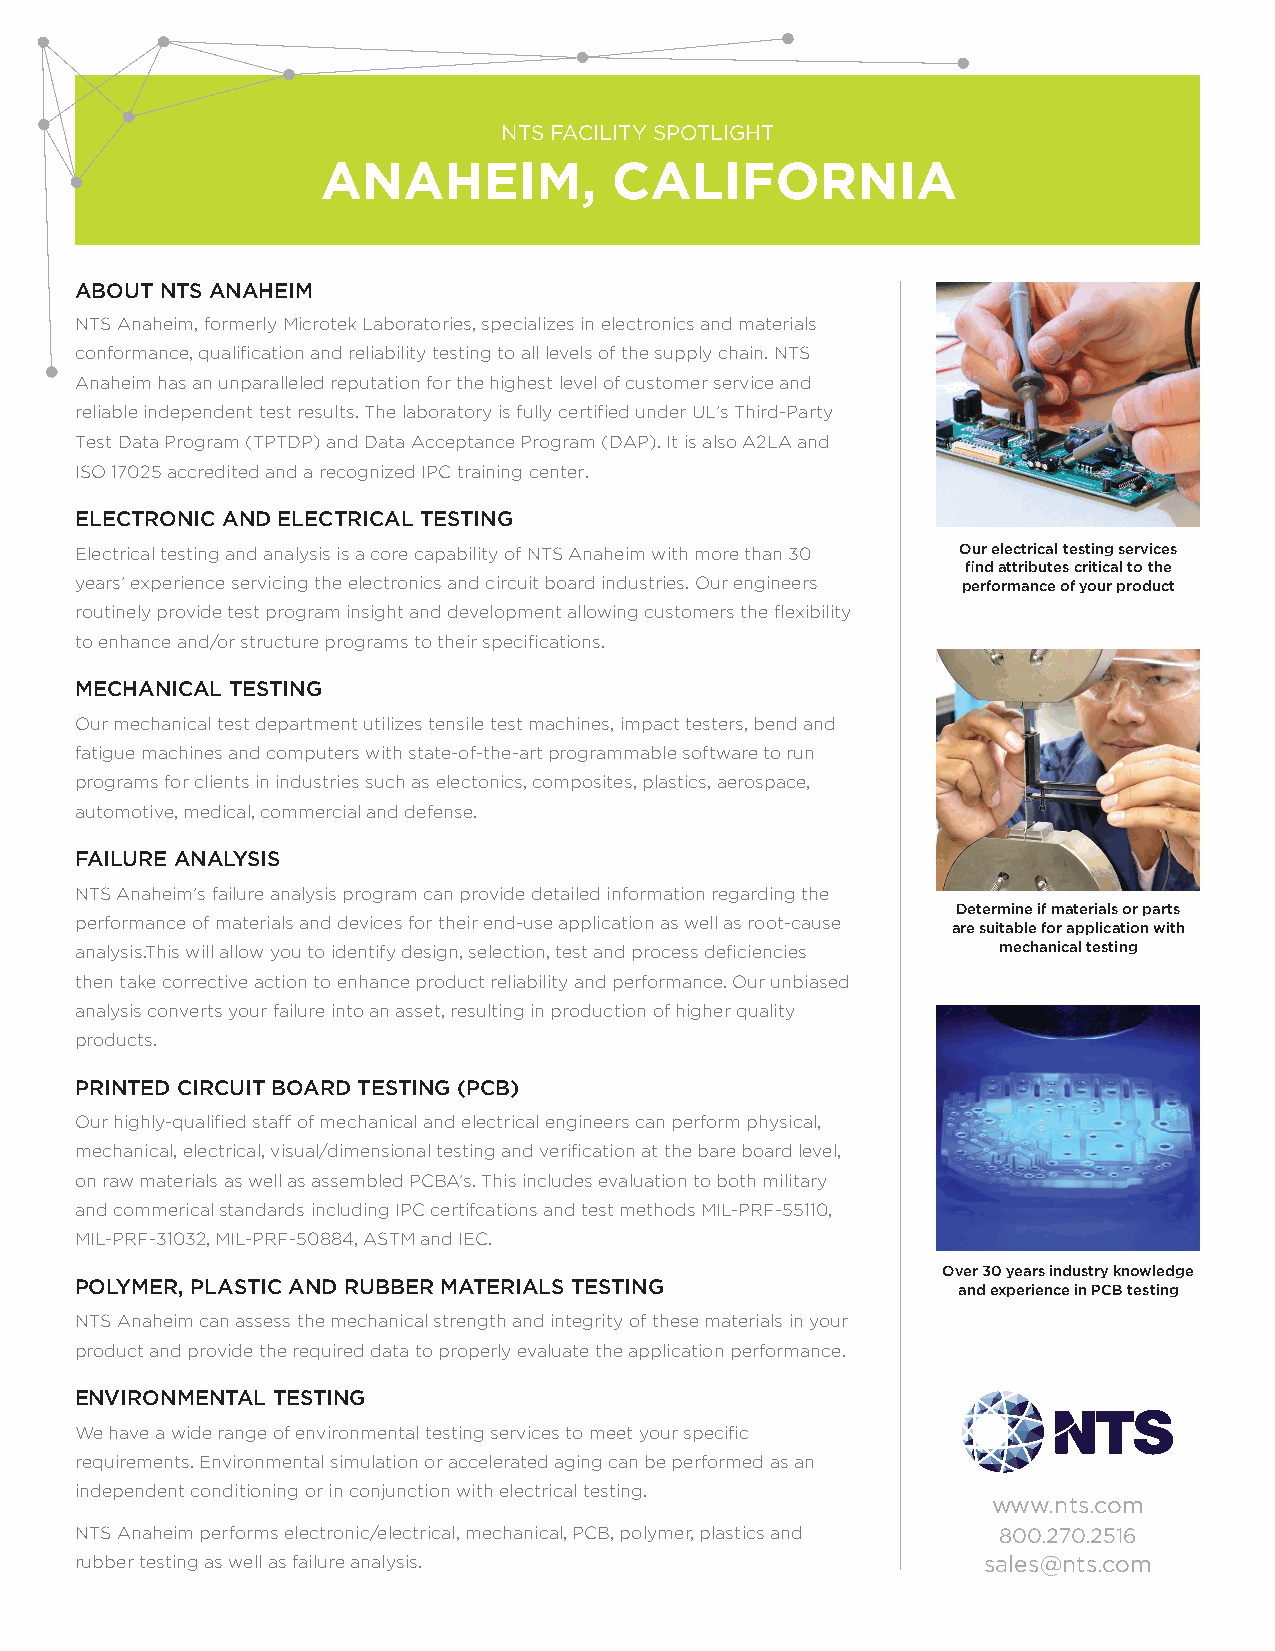
NTS FACILITY SPOTLIGHT
 ANAHEIM,            CALIFORNIA
 ABOUT NTS ANAHEIM
 NTS Anaheim, formerly Microtek Laboratories, specializes in electronics and materials
 conformance, qualification and reliability testing to all levels of the supply chain. NTS
 Anaheim has an unparalleled reputation for the highest level of customer service and
 reliable independent test results. The laboratory is fully certified under UL’s Third-Party
 Test Data Program (TPTDP) and Data Acceptance Program (DAP). It is also A2LA and
 ISO 17025 accredited and a recognized IPC training center.
 ELECTRONIC AND ELECTRICAL TESTING
 Electrical testing and analysis is a core capability of NTS Anaheim with more than 30 Our electrical testing services
 find attributes critical to the
 years’ experience servicing the electronics and circuit board industries. Our engineers performance of your product
 routinely provide test program insight and development allowing customers the flexibility
 to enhance and/or structure programs to their specifications.
 MECHANICAL TESTING
 Our mechanical test department utilizes tensile test machines, impact testers, bend and
 fatigue machines and computers with state-of-the-art programmable software to run
 programs for clients in industries such as electonics, composites, plastics, aerospace,
 automotive, medical, commercial and defense.
 FAILURE ANALYSIS
 NTS Anaheim’s failure analysis program can provide detailed information regarding the
 Determine if materials or parts
 performance of materials and devices for their end-use application as well as root-cause
 are suitable for application with
 analysis.This will allow you to identify design, selection, test and process deficiencies mechanical testing
 then take corrective action to enhance product reliability and performance. Our unbiased
 analysis converts your failure into an asset, resulting in production of higher quality
 products.
 PRINTED CIRCUIT BOARD TESTING (PCB)
 Our highly-qualified staff of mechanical and electrical engineers can perform physical,
 mechanical, electrical, visual/dimensional testing and verification at the bare board level,
 on raw materials as well as assembled PCBA’s. This includes evaluation to both military
 and commerical standards including IPC certifcations and test methods MIL-PRF-55110,
 MIL-PRF-31032, MIL-PRF-50884, ASTM and IEC.
 Over 30 years industry knowledge
 POLYMER, PLASTIC AND RUBBER MATERIALS TESTING             and experience in PCB testing
 NTS Anaheim can assess the mechanical strength and integrity of these materials in your
 product and provide the required data to properly evaluate the application performance.
 ENVIRONMENTAL TESTING
 We have a wide range of environmental testing services to meet your specific
 requirements. Environmental simulation or accelerated aging can be performed as an
 independent conditioning or in conjunction with electrical testing.
 www.nts.com
 NTS Anaheim performs electronic/electrical, mechanical, PCB, polymer, plastics and 800.270.2516
 rubber testing as well as failure analysis.                 sales@nts.com